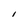
Character: I